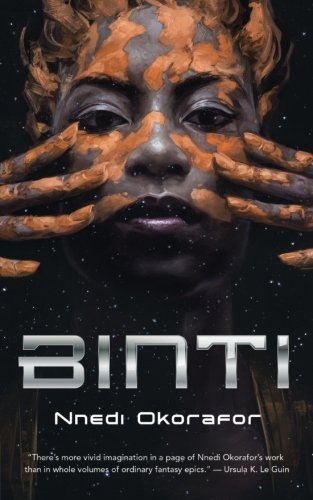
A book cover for Binti; Nnedi Okorafor; Science Fiction & Fantasy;